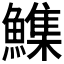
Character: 𮬏